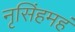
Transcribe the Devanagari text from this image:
नृसिंहमहं